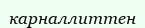
карналлиттен